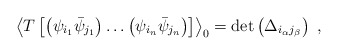
\begin{align*}{{\left\langle T\left[ \left( {{\psi }_{{{i}_{1}}}}{{{\bar{\psi}}}_{{{j}_{1}}}}\right)\ldots \left( {{\psi }_{{{i}_{n}}}}{{{\bar{\psi}}}_{{{j}_{n}}}}\right) \right] \right\rangle }_{0}}=\det \left( {{\Delta }_{{{i}_{\alpha }}{{j}_{\beta }}}}\right) \ , \end{align*}